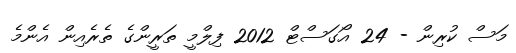
މަސް ކުރިން - 24 އޯގަސްޓް 2012 ފިލްމީ ތަރީންގެ ތެރެއިން އެންމެ